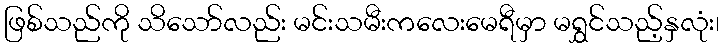
ဖြစ်သည်ကို သိသော်လည်း မင်းသမီးကလေးမေရီမှာ မရွှင်သည့်နှလုံး၊